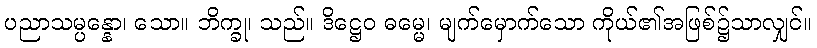
ပညာသမ္ပန္နော၊ သော။ ဘိက္ခု၊ သည်။ ဒိဋ္ဌေဝ ဓမ္မေ၊ မျက်မှောက်သော ကိုယ်၏အဖြစ်၌သာလျှင်။